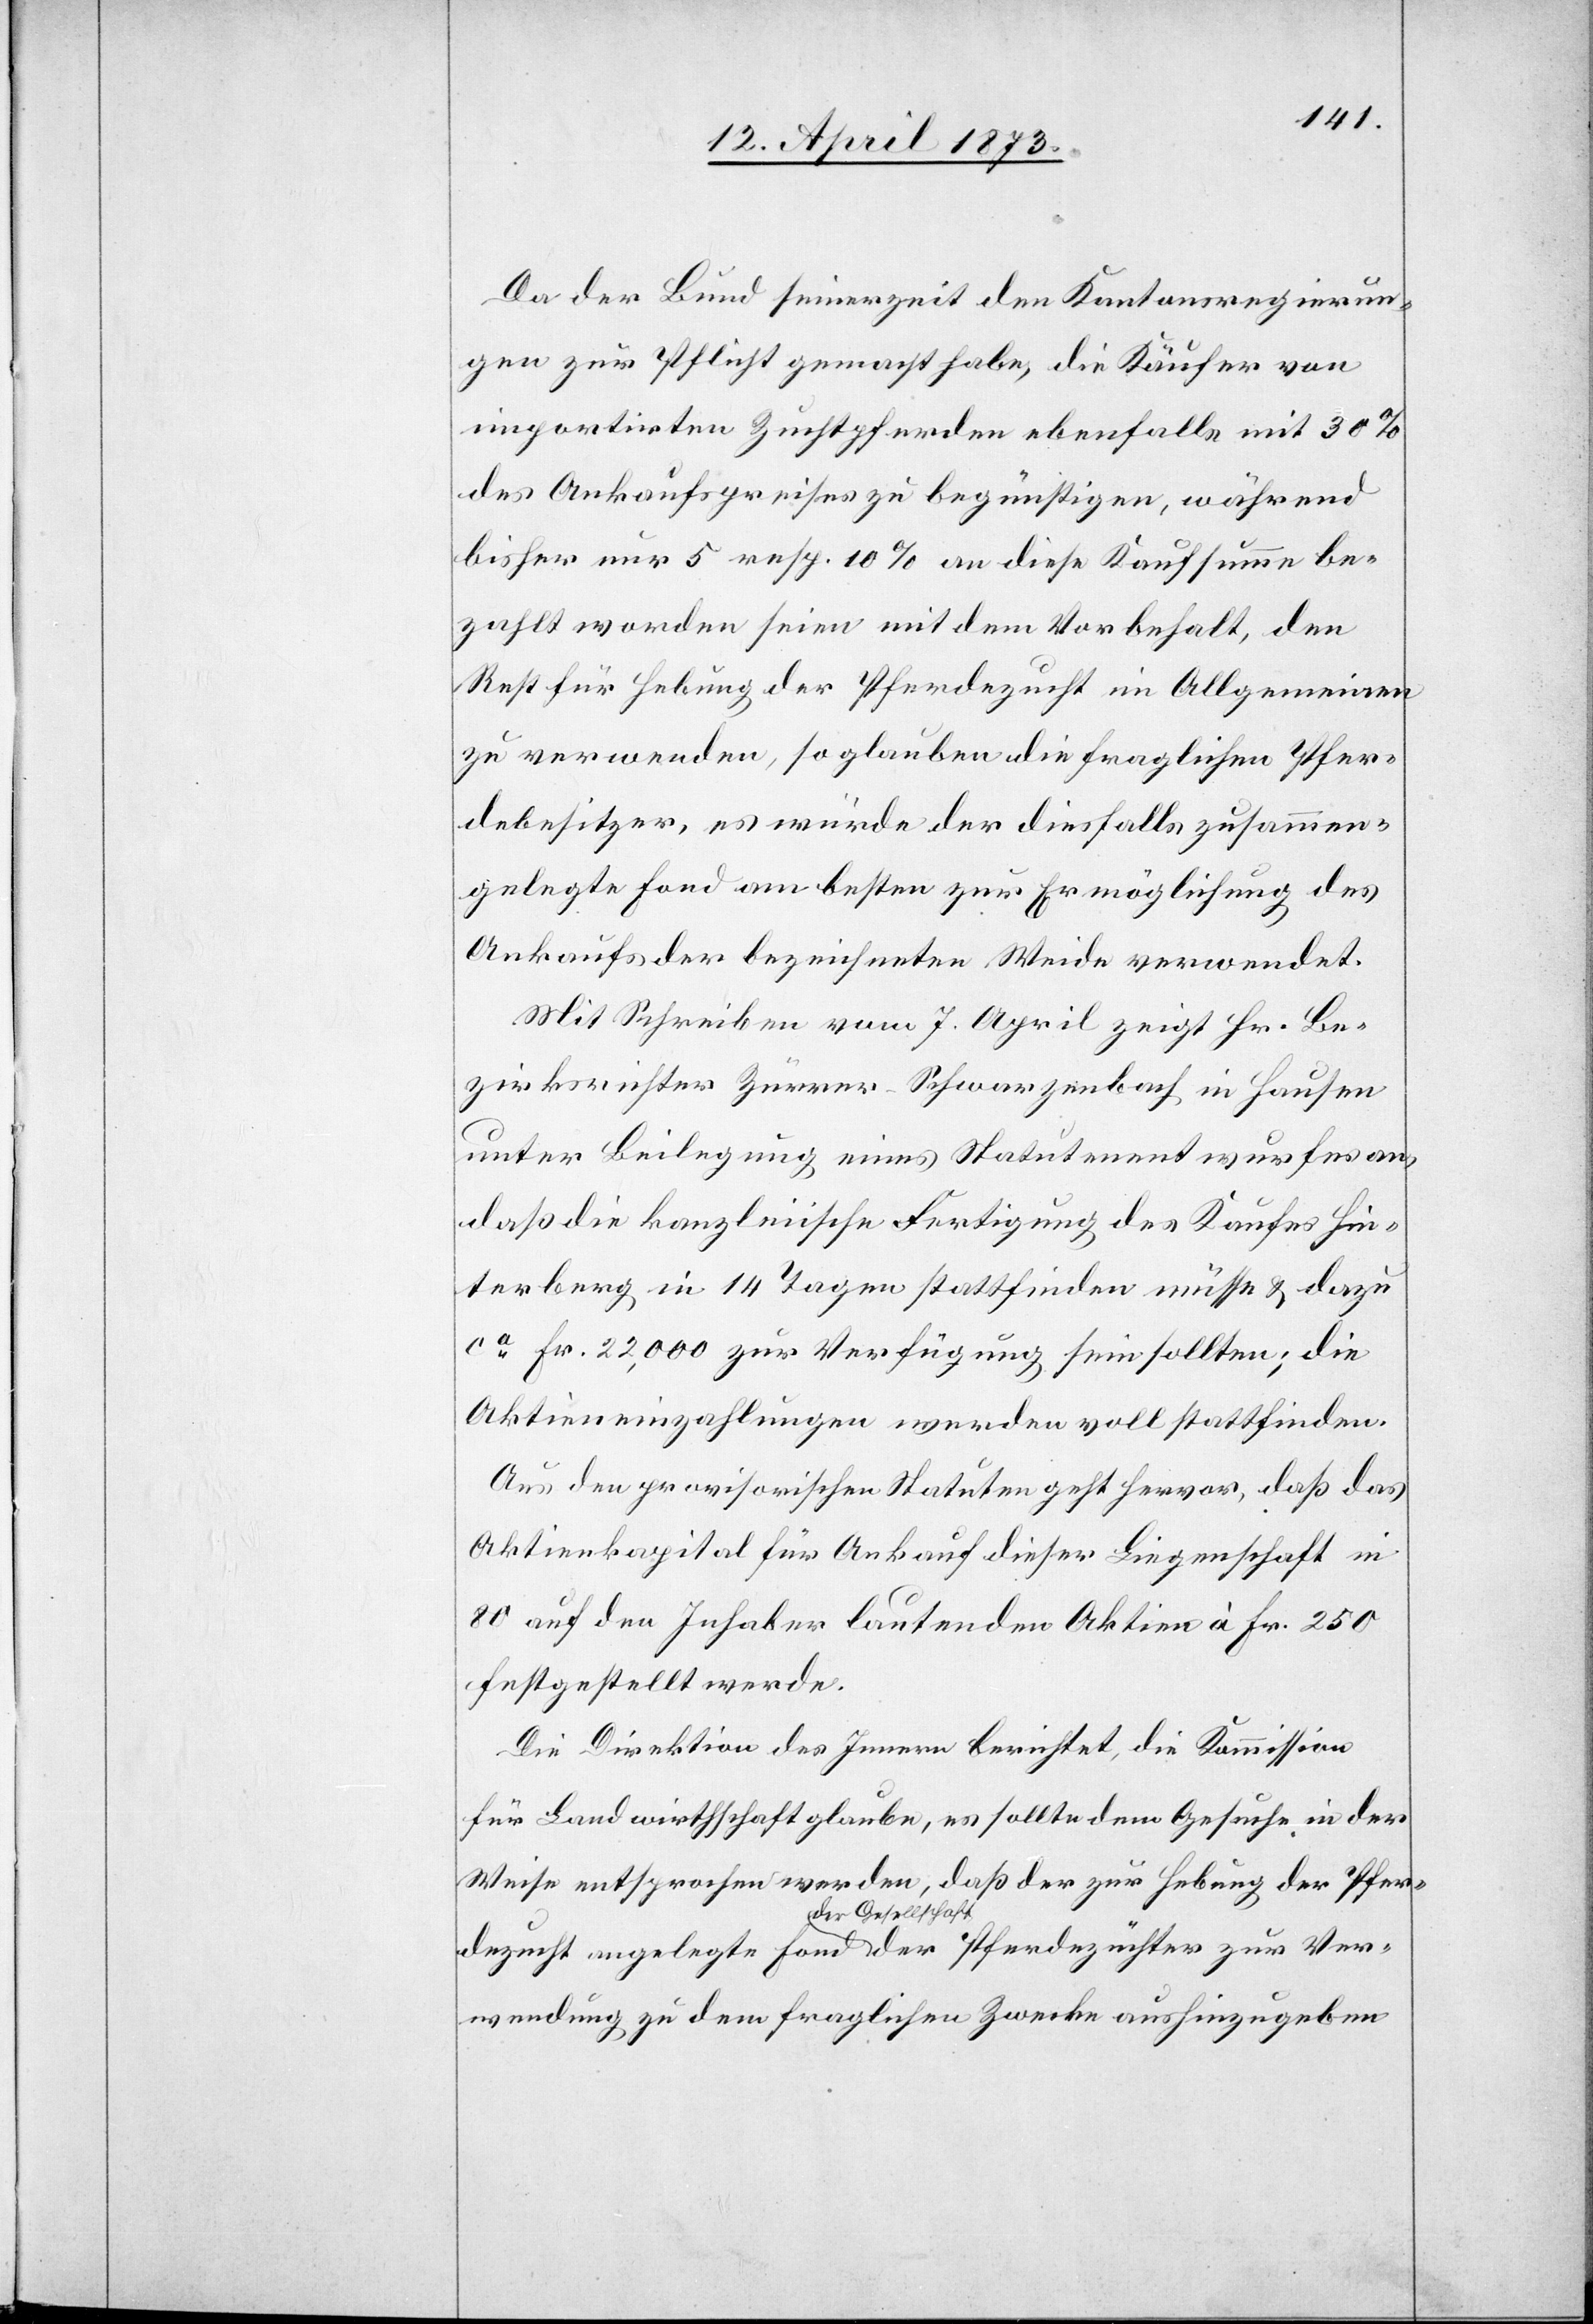
Da der Bund seinerzeit den Kantonsregierun¬
gen zur Pflicht gemacht habe, die Käufer von
importirten Zuchtpferden ebenfalls mit 30%
des Ankaufspreises zu begünstigen, während
bisher nur 5 resp. 10% an diese Kaufsumme be¬
zahlt worden seien mit dem Vorbehalt, den
Rest für Hebung der Pferdezucht im Allgemeinen
zu verwenden, so glauben die fraglichen Pfer¬
debesitzer, es würde der diesfalls zusammen¬
gelegte Fond am besten zur Ermöglichung des
Ankaufs der bezeichneten Weide verwendet.
Mit Schreiben vom 7. April zeigt Hr. Be¬
zirksrichter Zürrer-Schwarzenbach in Hausen
unter Beilegung eines Statutenentwurfes an,
daß die kanzleiische Fertigung des Kaufes Hin¬
terberg in 14 Tagen stattfinden müsse & dazu
ca Fr. 22,000 zur Verfügung sein sollten; die
Aktieneinzahlungen werden voll stattfinden.
Aus den provisorischen Statuten geht hervor, daß das
Aktienkapital für Ankauf dieser Liegenschaft in
80 auf den Inhaber lautenden Aktien à Fr. 250
festgestellt werde.
Die Direktion des Innern berichtet, die Kommission
für Landwirthschaft glaube, es sollte dem Gesuche in der
Weise entsprochen werden, daß der zur Hebung der Pfer¬
dezucht angelegte Fond der Gesellschaft der Pferdezüchter zur Ver¬
wendung zu dem fraglichen Zwecke aushinzugeben